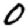
Digit: 0